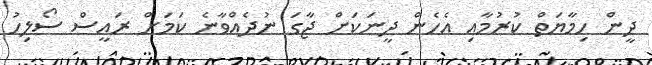
ދީން ހިމާޔަތް ކުރުމާއި އެހެން ދީނަކަށް ޖާގަ ނުދެއްވާނެ ކަމަށް ރައީސް ސޯލިހު